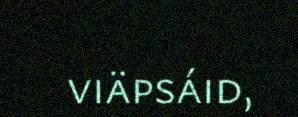
viäpsáid,